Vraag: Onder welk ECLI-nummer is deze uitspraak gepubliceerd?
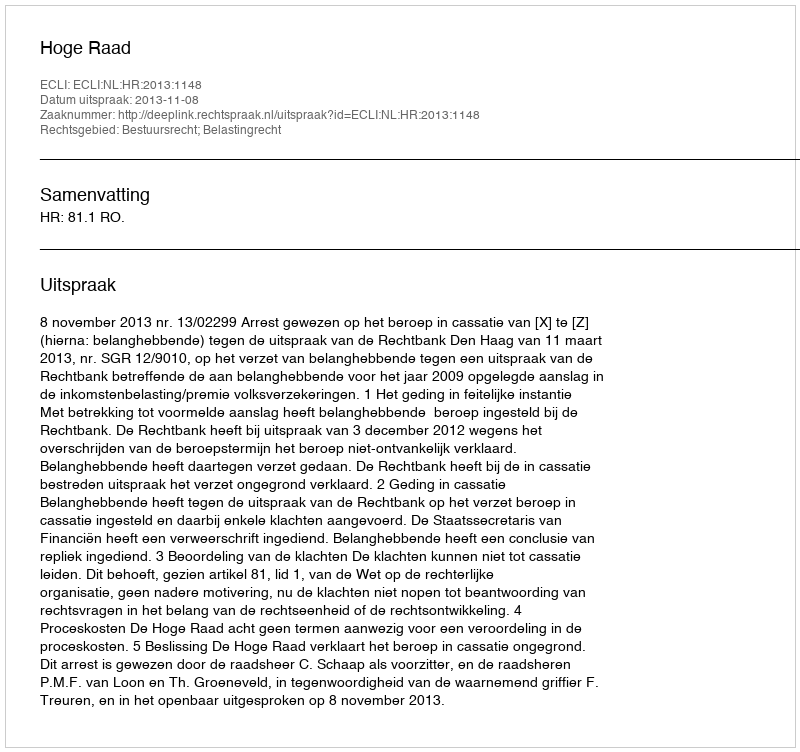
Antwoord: ECLI:NL:HR:2013:1148